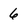
Character: 6